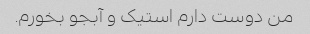
من دوست دارم استیک و آبجو بخورم.